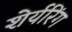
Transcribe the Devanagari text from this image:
शेर्यरिंग